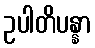
ဥပါတိပန္နာ